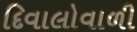
દિવાલોવાળી